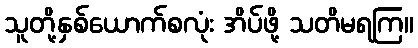
သူတို့နှစ်ယောက်စလုံး အိပ်ဖို့ သတိမရကြ။